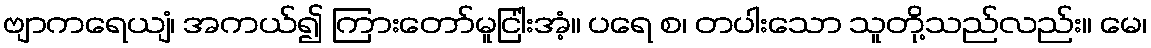
ဗျာကရေယျံ၊ အကယ်၍ ကြားတော်မူငြါးအံ့။ ပရေ စ၊ တပါးသော သူတို့သည်လည်း။ မေ၊